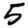
Digit: 5